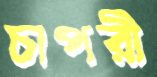
চাপরী